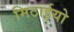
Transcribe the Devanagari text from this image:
मिठाईयो